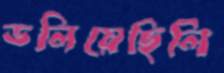
ডলিয়েছিলি